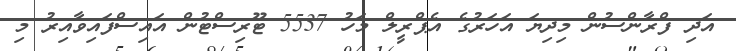
އަދި ފްރާންސުން މިދިޔަ އަހަރުގެ އެޕްރީލް މަހު 5537 ޓޫރިސްޓުން އައިސްފައިވާއިރު މި